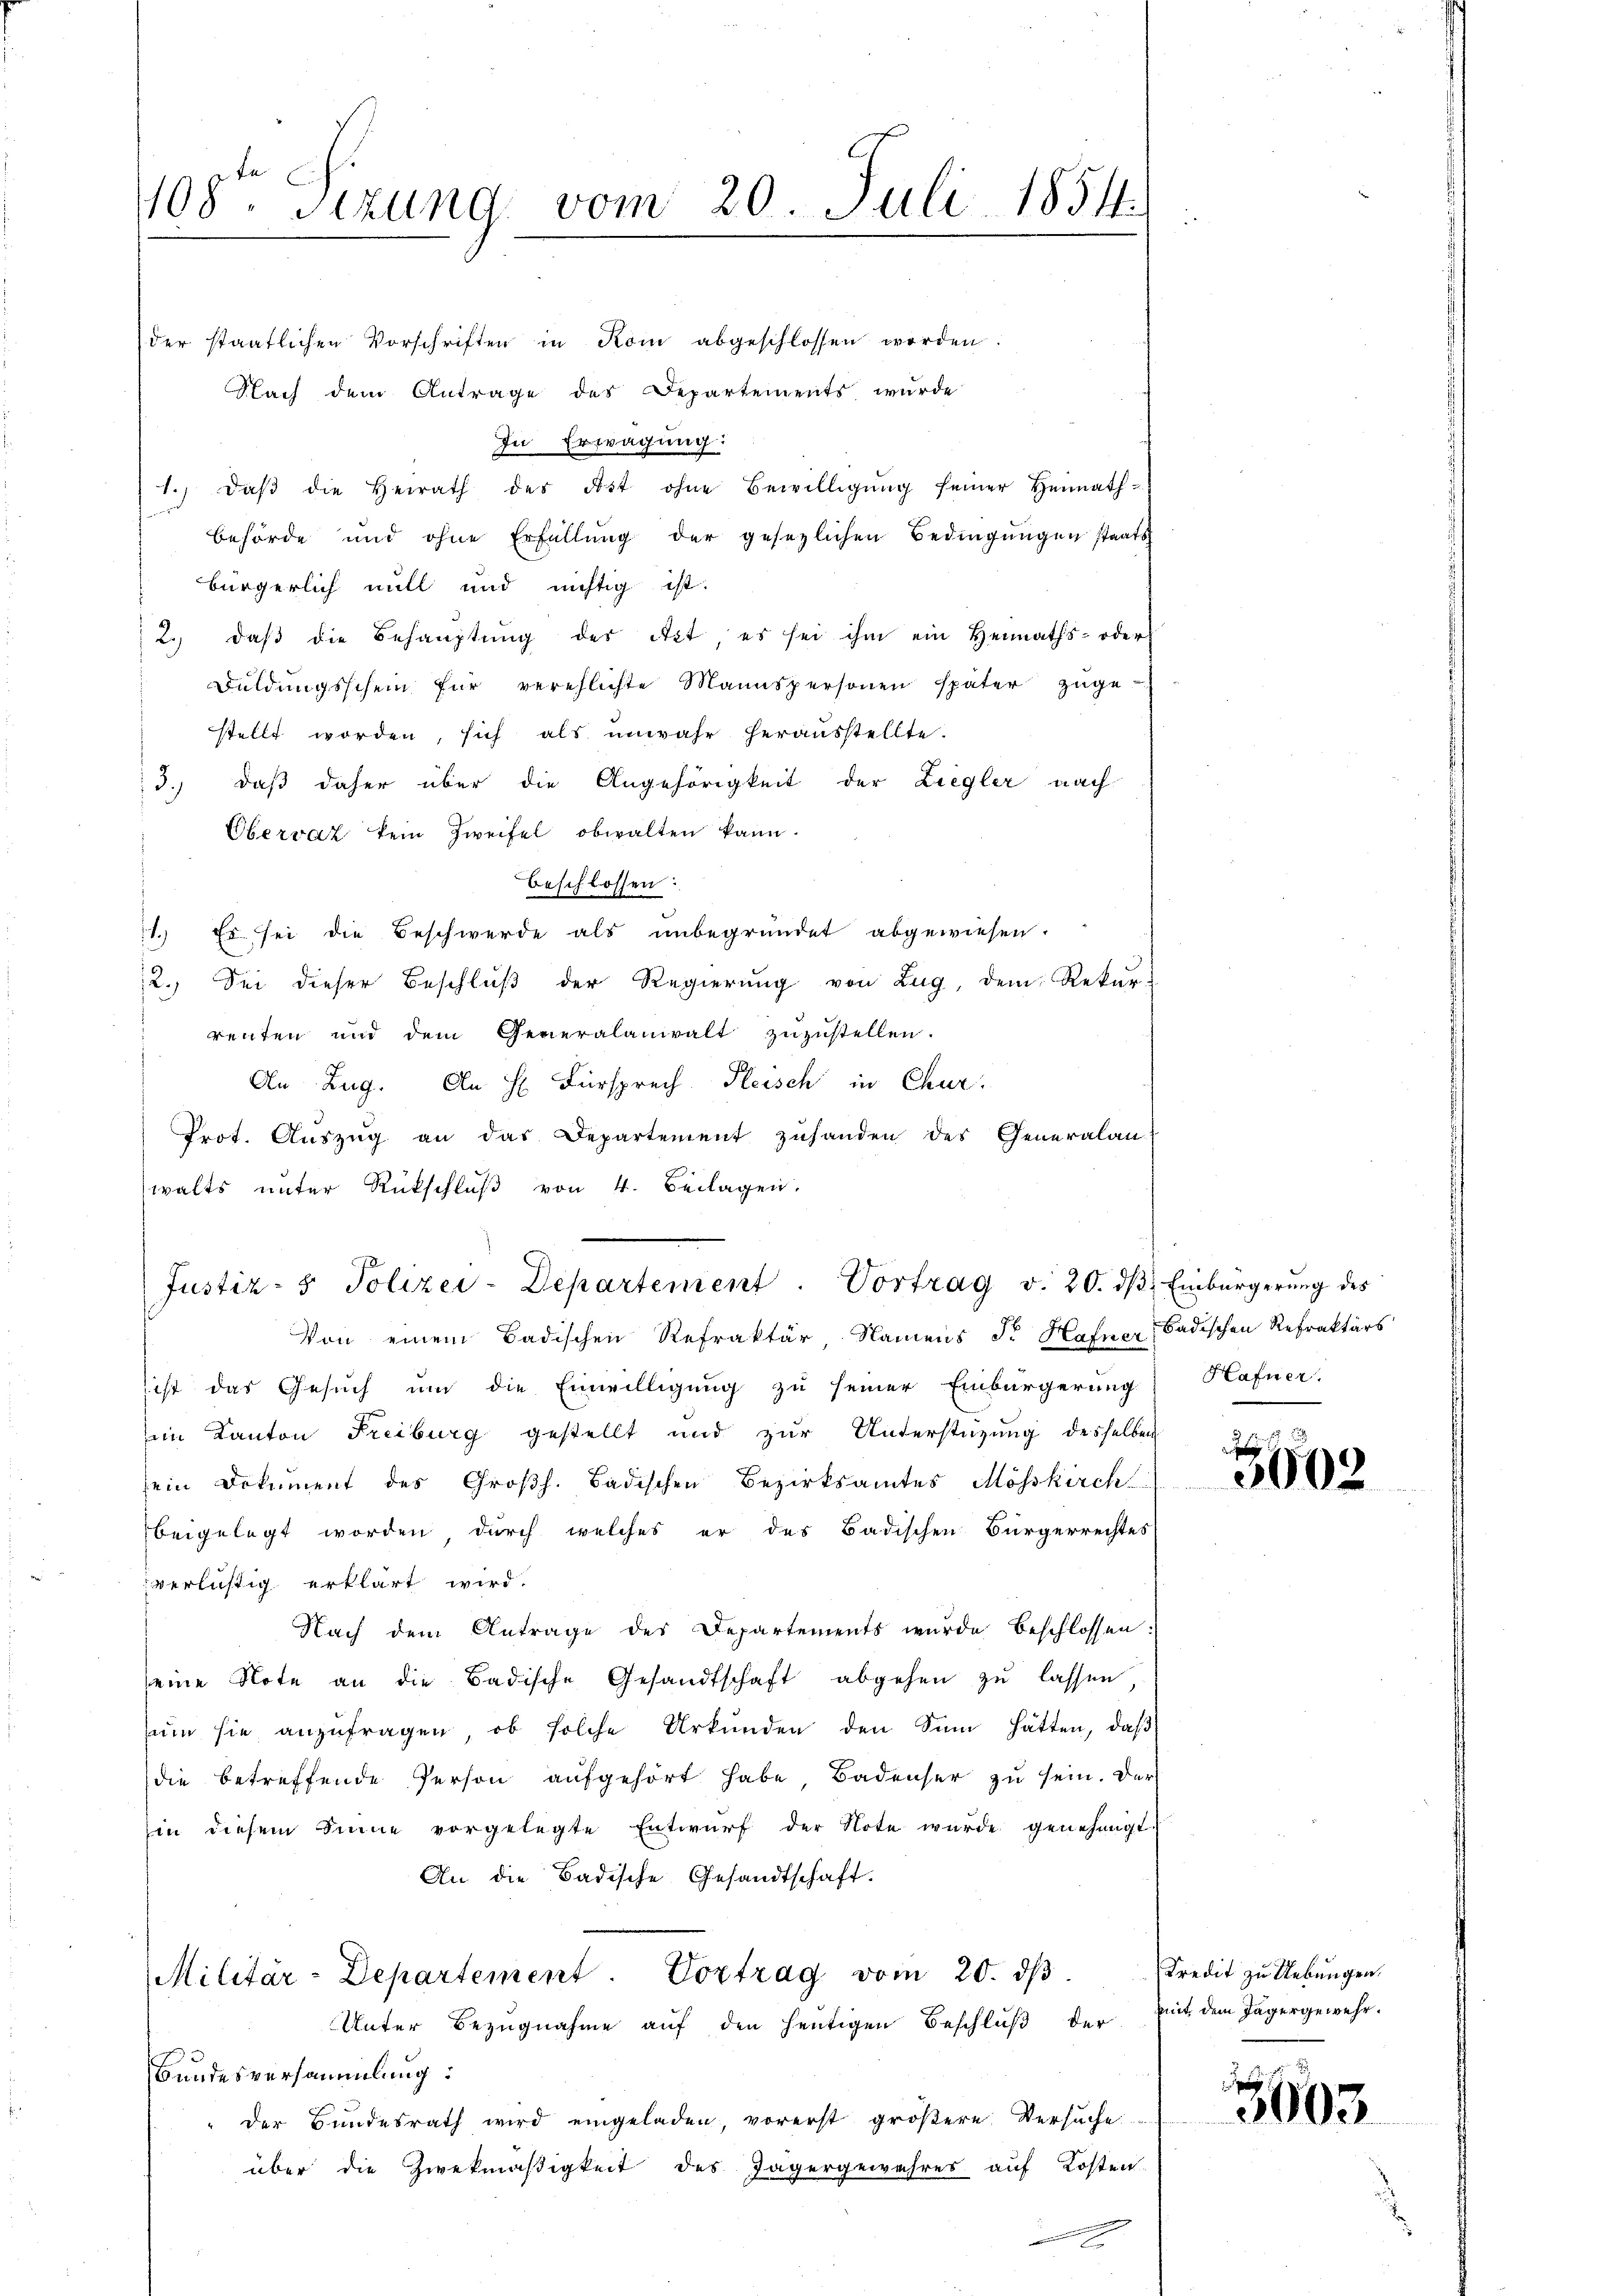
108. Sizung vom 20. Juli 1854.

der staatlichen Vorschriften in Kom abgeschlossen worden.
Nach dem Antrage des Departements wurde
In Erwägung:
1., daβ die Heirath des Ast ohne Bewilligŭng seiner Heimath-
behörde und ohne Erfüllŭng der gesetzlichen Bedingŭngen staats
bürgerlich will und nichtig ist.
2., daβ die Behauptung des Act, es sei ihm ein Heimaths- oder
Buldŭngsschein für verpflichte Mannspersonen später zŭge-
stellt worden, sich als unwahr herausstellte.
d.) daß daher über die Angehörigkeit der Liegler nach
Obervat kein Zweifel obwalten kann.
beschlossen:
1. Es sei die Beschwerde als unbegründet abgewiesen.
12.) Sei dieser Beschluß der Regierung von Zug, dem Rekur-
renten und dem Generalaniralt zuzustellen.
An Zug. An H. Fürsprech Fleisch in Chur.
Prot. Aŭszŭg an das Departement zuhanden des Generalan
Von einem Badischen Refraktär Namens dr Hafner, Badischen Refraktärs
sist das Gesuch um die Einwilligung zu seiner Einbürgerung Hafner,
im Kanton Freiburg gestellt und zur Unterstützung desselben
sein Dokument des Großh. Badischen Bezirksamtes Mösskirch
beigelegt worden, durch welches er des Badischen Bürgerrechtes
verlistig erklärt wird.
Nach dem Antrage des Departements wurde beschlossen:
seine Note an die Badische Gesandtschaft abgehen zŭ lassen
ŭm sie anzŭfragen, ob solche Urkunden den Sinn hätten, daß
die betreffende Person aufgehört habe, Badenser zu sein. Der
in diesem Sinne vorgelegte Entwurf der Note wurde genehmigt
An die Badische Gesandtschaft.
Militär-Departement. Vortrag vom 20. dβ.
Unter Bezugnahme auf den heutigen Beschluß der
Hundesversammlung:
der Bundesrath wird eingeladen, vorerst größere Versuche
über die Zwekmäßigkeit des Jägergewehres auf Kosten

walts unter Rückschluß von 4. Beilagen,
Justiz- & Polizei-Departement. Vortrag v. 20. dβ, Einbürgerung des

3602

Kredit zu Uebungen.
mit dem Tagergewehr.

3603.